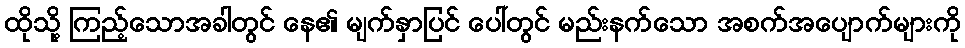
ထိုသို့ ကြည့်သောအခါတွင် နေ၏ မျက်နှာပြင် ပေါ်တွင် မည်းနက်သော အစက်အပျောက်များကို